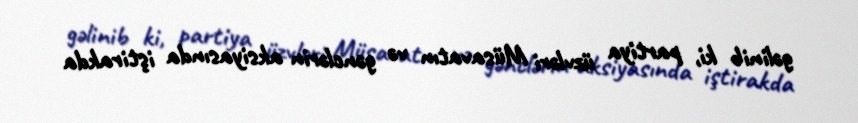
gəlinib ki, partiya üzvləri Müsavatın və gənclərin aksiyasında iştirakda